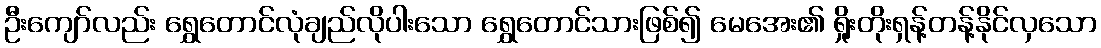
ဦးကျော်လည်း ရွှေတောင်လုံချည်လိုပါးသော ရွှေတောင်သားဖြစ်၍ မေအေး၏ ရှိုးတိုးရှန့်တန့်နိုင်လှသော